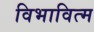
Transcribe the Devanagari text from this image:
विभावित्म